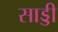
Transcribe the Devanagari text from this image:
साड्डी